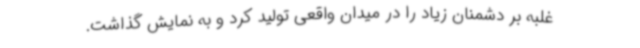
غلبه بر دشمنان زیاد را در میدان واقعی تولید کرد و به نمایش گذاشت.